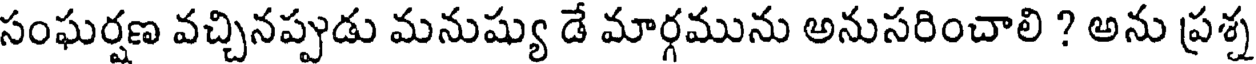
సంఘర్షణ వచ్చినప్పుడు మనుష్యు డే మార్గమును అనుసరించాలి ? అను ప్రశ్న